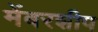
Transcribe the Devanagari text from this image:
मेंबरशीप